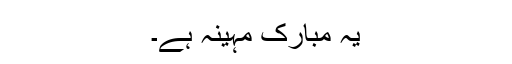
یہ مبارک مہینہ ہے۔